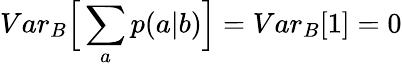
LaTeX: {Var}_{B}\Big[\sum_{a}p(a|b)\Big]={Var}_{B}[1]=0